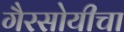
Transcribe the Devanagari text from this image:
गैरसोयीचा